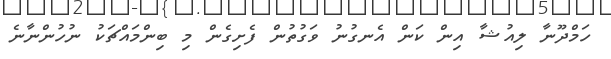
ހަމްދޫނާ ލިއުޝާ އިން ކަން އެނގުނު ވަގުތުން ފެށިގެން މި ބިންމައްޗަކު ނުހުންނާނެ